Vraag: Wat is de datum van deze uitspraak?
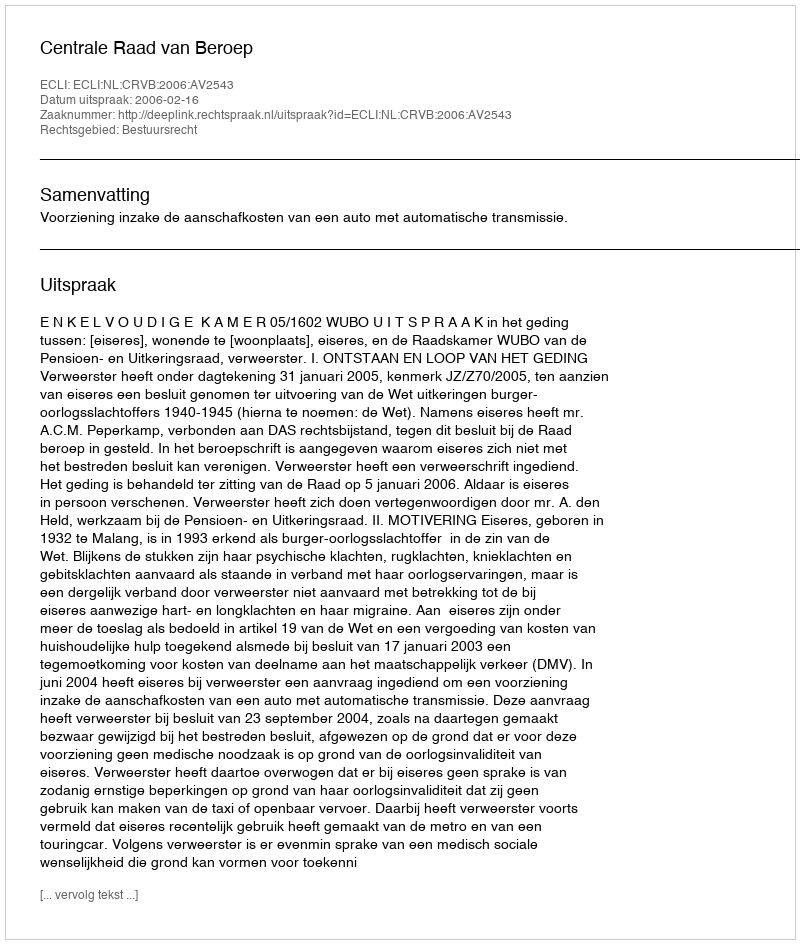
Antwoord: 2006-02-16